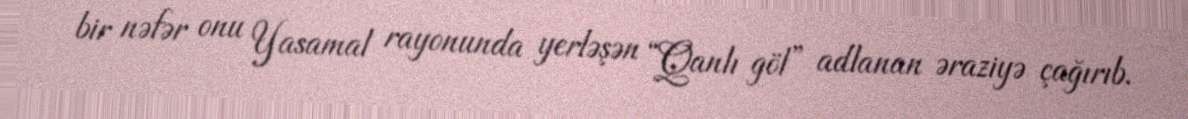
bir nəfər onu Yasamal rayonunda yerləşən “Qanlı göl” adlanan əraziyə çağırıb.